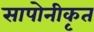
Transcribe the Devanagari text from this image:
सापोनीकृत